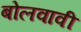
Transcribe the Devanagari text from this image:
बोलवावी